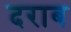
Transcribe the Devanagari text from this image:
दराब